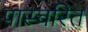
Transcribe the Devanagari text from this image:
पास्चरित